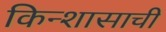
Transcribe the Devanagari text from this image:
किन्शासाची